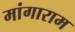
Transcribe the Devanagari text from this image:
मांगाराम